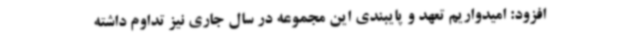
افزود: امیدواریم تعهد و پایبندی این مجموعه در سال جاری نیز تداوم داشته